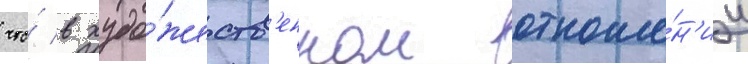
что́ в худо́жеств'енном отноше́н'ии